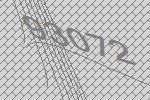
93072